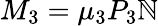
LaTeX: M_{3}=\mu_{3}P_{3}\mathbb{N}